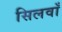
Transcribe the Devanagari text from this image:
सिलवाँ